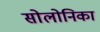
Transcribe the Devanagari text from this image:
सोलोनिका